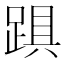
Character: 𨁺